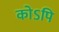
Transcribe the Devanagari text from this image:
कोऽपि